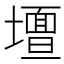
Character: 𭐀